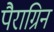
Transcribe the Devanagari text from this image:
पैराग्रिन